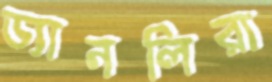
ড্যানলিরা